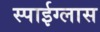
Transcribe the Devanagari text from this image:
स्पाईग्लास